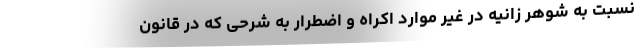
نسبت به شوهر زانیه در غیر موارد اکراه و اضطرار به شرحی که در قانون